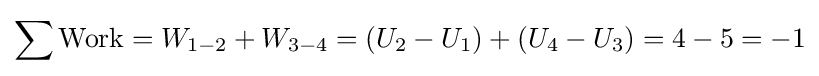
\sum {\text{Work}}=W_{1-2}+W_{3-4}=\left(U_{2}-U_{1}\right)+\left(U_{4}-U_{3}\right)=4-5=-1